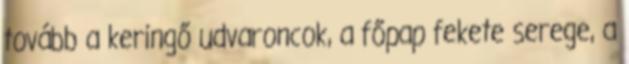
tovább a keringő udvaroncok, a főpap fekete serege, a